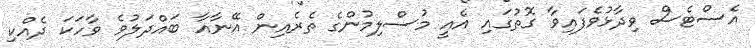
އެސްޓެސް ވިދާޅުވެފައިވާ ގޮތުގައި އެއީ މުސްލިމުންގެ ތެރެއިން އޭނާއާ ބައްދަލުވެ ވާހަކަ ދެއްކި